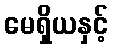
မေရှိယနှင့်